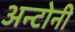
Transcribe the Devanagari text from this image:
अन्टोनी